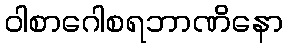
ဝါစာဂေါစရဘာဏိနော